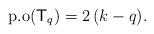
LaTeX: \begin{align*} \mathrm{p.o}(\mathsf{T}_{q}) = 2\,(k-q). \end{align*}